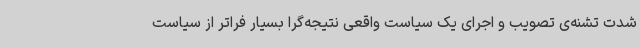
شدت تشنه‌ی تصویب و اجرای یک سیاست واقعی نتیجه‌گرا بسیار فراتر از سیاست